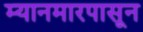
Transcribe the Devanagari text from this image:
म्यानमारपासून